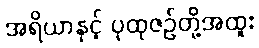
အရိယာနှင့် ပုထုဇဉ်တို့အထူး